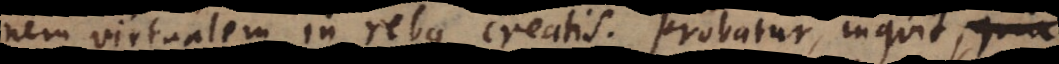
virtualem in rebus creatis. Probatur, inquit, na